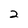
Character: 2